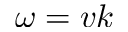
\omega = v k